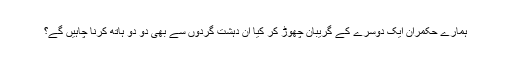
ہمارے حکمران ایک دوسرے کے گریبان چھوڑ کر کیا ان دہشت گردوں سے بھی دو دو ہاتھ کرنا چاہیں گے؟